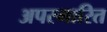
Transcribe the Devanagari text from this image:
अपस्मारित